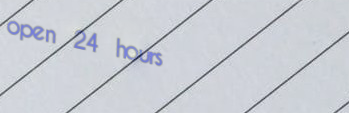
open 24 hours